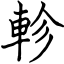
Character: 軫